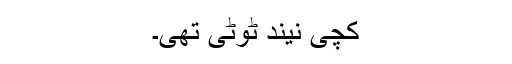
کچی نیند ٹوٹی تھی۔